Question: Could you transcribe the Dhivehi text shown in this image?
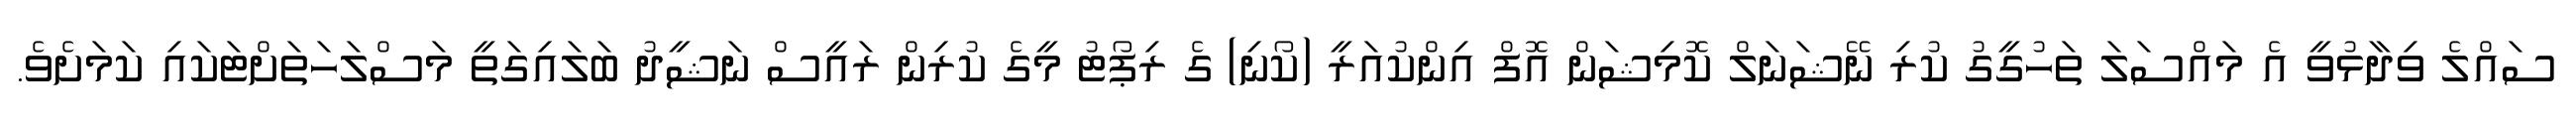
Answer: ސައްލެ ވިދާޅުވީ އެ މައްސަލަ ތަހުގީގު ކުރި ނޭޝަނަލް ކޮމިޝަން އޮފް އިންކުއަރީ (ކޯނި) ގެ ރިޕޯޓު މީގެ ކުރިން ރައީސް ނަޝީދު ބަލައިގަތީ މަސްލަހަތަށްޓަކައި ކަމަށެވެ.